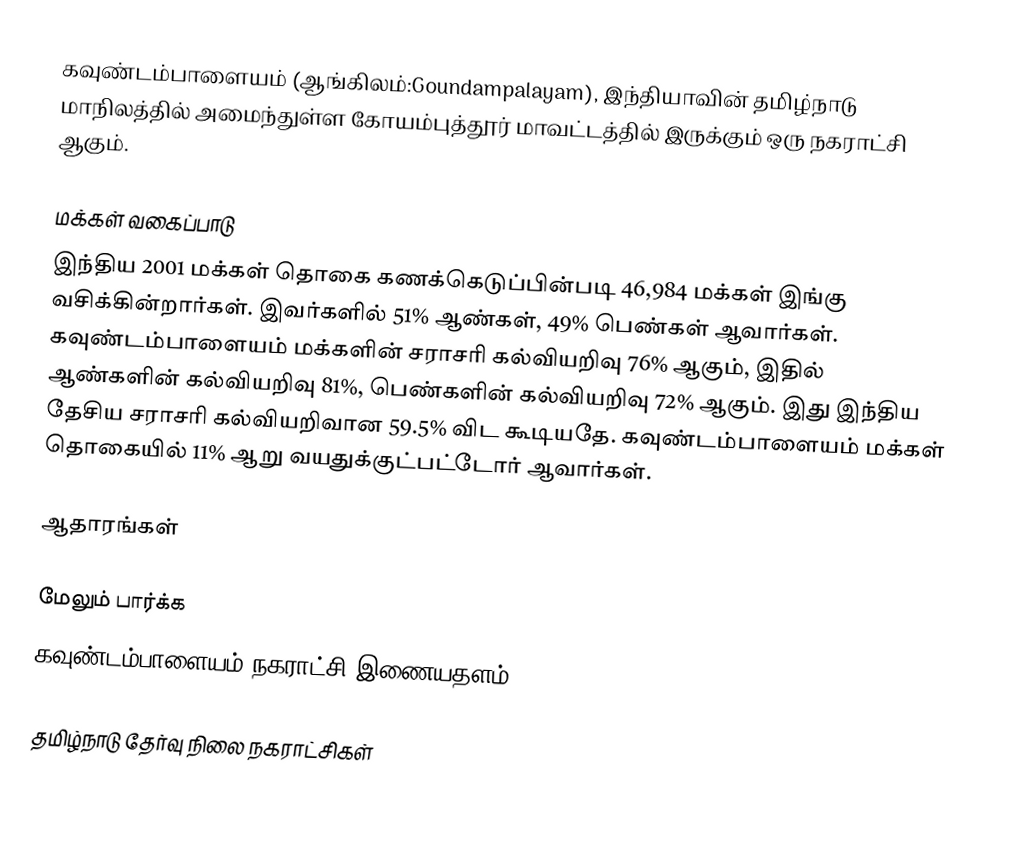
கவுண்டம்பாளையம் (ஆங்கிலம்:Goundampalayam), இந்தியாவின் தமிழ்நாடு மாநிலத்தில் அமைந்துள்ள கோயம்புத்தூர் மாவட்டத்தில் இருக்கும் ஒரு நகராட்சி ஆகும்.

மக்கள் வகைப்பாடு
இந்திய 2001 மக்கள் தொகை கணக்கெடுப்பின்படி 46,984 மக்கள் இங்கு வசிக்கின்றார்கள். இவர்களில் 51% ஆண்கள், 49% பெண்கள் ஆவார்கள். கவுண்டம்பாளையம் மக்களின் சராசரி கல்வியறிவு 76% ஆகும்,  இதில் ஆண்களின் கல்வியறிவு 81%,  பெண்களின் கல்வியறிவு 72% ஆகும். இது இந்திய தேசிய சராசரி கல்வியறிவான 59.5% விட கூடியதே. கவுண்டம்பாளையம் மக்கள் தொகையில் 11%  ஆறு வயதுக்குட்பட்டோர் ஆவார்கள்.

ஆதாரங்கள்

மேலும் பார்க்க
 கவுண்டம்பாளையம் நகராட்சி இணையதளம்

தமிழ்நாடு தேர்வு நிலை நகராட்சிகள்